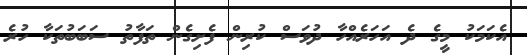
އެކަމަކު މީގެ ދެ އަހަރެއްހާ ދުވަސް ކުރިން ފެށިގެން ތަފާތު ސަބަބުތަކާ ހުރެ